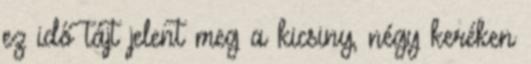
ez idő tájt jelent meg a kicsiny, négy keréken